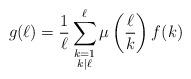
LaTeX: \begin{align*}g(\ell) = \frac{1}{\ell} \sum_{\substack{ k= 1 \\ k|\ell}}^{\ell} \mu\left( \frac{\ell}{k} \right) f(k)\end{align*}